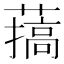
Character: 𦼸